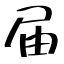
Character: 届